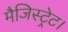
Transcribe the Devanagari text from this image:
मैजिस्ट्रेट।